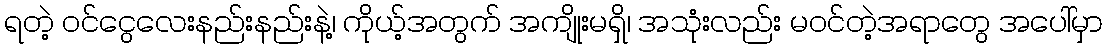
ရတဲ့ ဝင်ငွေလေးနည်းနည်းနဲ့၊ ကိုယ့်အတွက် အကျိုးမရှိ၊ အသုံးလည်း မဝင်တဲ့အရာတွေ အပေါ်မှာ